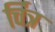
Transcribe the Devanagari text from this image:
र्चित्र